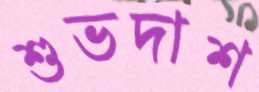
শুভদাশ